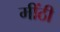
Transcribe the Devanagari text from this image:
मींठी